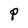
Character: P